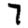
Digit: 7